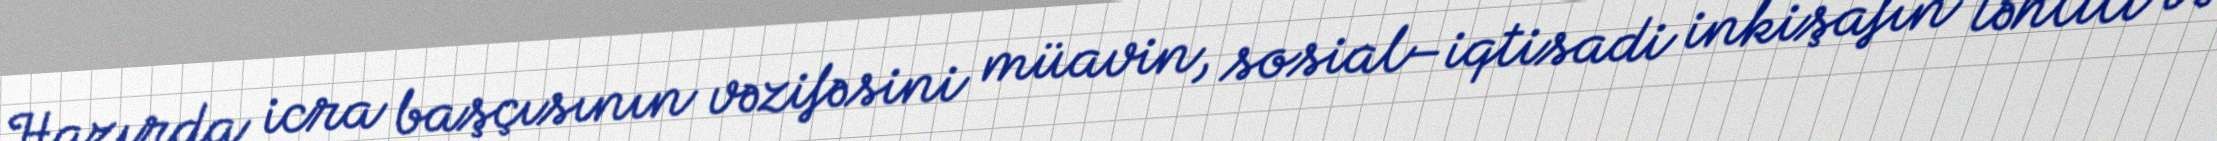
Hazırda icra başçısının vəzifəsini müavin, sosial–iqtisadi inkişafın təhlili və